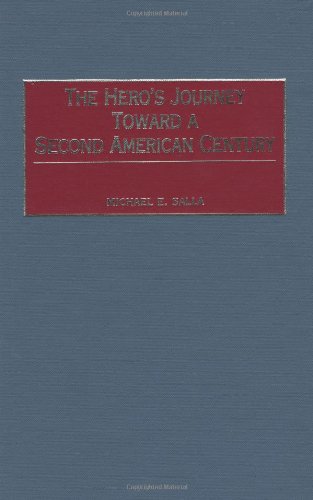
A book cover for The Hero's Journey Toward a Second American Century:; Michael E. Salla; Law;